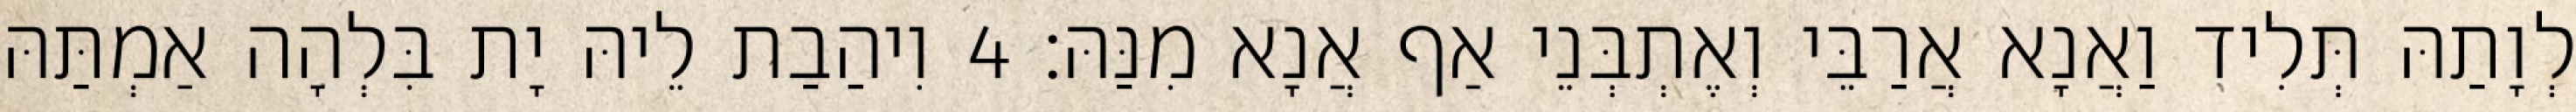
לְוָתַהּ תְּלִיד וַאֲנָא אֲרַבֵּי וְאֶתְבְּנֵי אַף אֲנָא מִנַּהּ׃ 4 וִיהַבַת לֵיהּ יָת בִּלְהָה אַמְתַּהּ